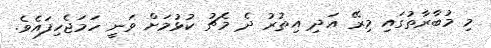
މި މުބާރާތުގައި މިރޭ އަދި އިތުރު ދެ މެޗު ކުޅުމަށް ވަނީ ހަމަޖެހިފައެވެ.